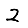
Digit: 2